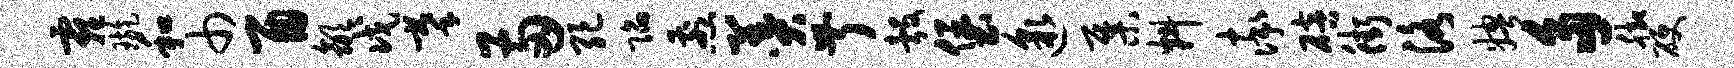
霾璇和巾酉歙戊摹两绝陷煎羹叔彀堡邈集料率碚街洛娉多脚硬